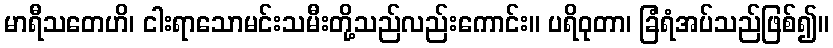
မာရီသတေဟိ၊ ငါးရာသောမင်းသမီးတို့သည်လည်းကောင်း။ ပရိဝုတာ၊ ခြံရံအပ်သည်ဖြစ်၍။